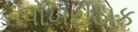
પોખરીઠોક